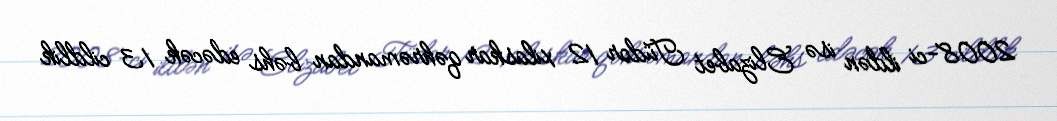
2008-ci ildən isə Elizabet Tüdor 12 xilaskar qəhrəmandan bəhs edəcək 13 cildlik